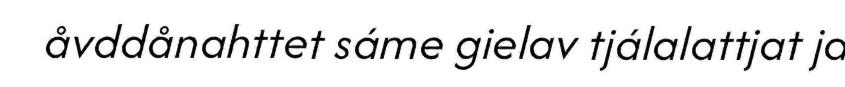
åvddånahttet sáme gielav tjálalattjat ja